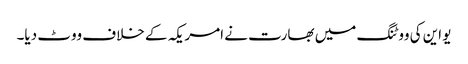
یو این کی ووٹنگ میں بھارت نے امریکہ کے خلاف ووٹ دیا۔